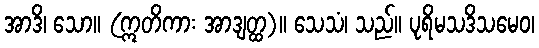
အာဒိ၊ သော။ (ဣတိကား အာဒျတ္ထ)။ သေသံ၊ သည်။ ပုရိမသဒိသမေဝ၊